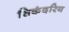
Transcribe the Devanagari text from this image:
सिकंदरिय